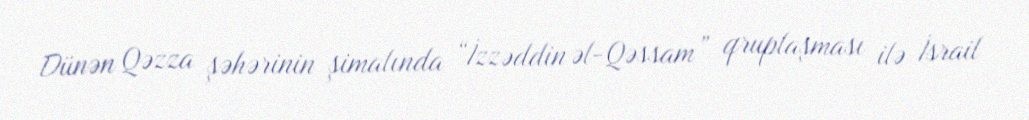
Dünən Qəzza şəhərinin şimalında “İzzəddin əl-Qəssam” qruplaşması ilə İsrail